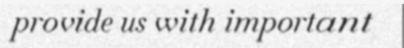
provide us with important